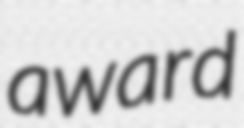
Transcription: award